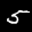
Label: 5